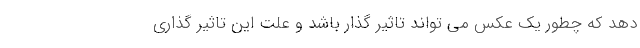
دهد که چطور یک عکس می تواند تاثیر گذار باشد و علت این تاثیر گذاری